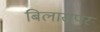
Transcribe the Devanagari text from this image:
बिलासपर